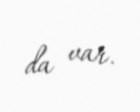
da var.